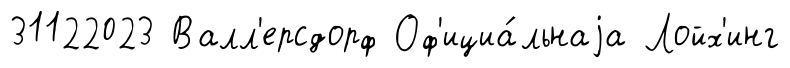
31122023 Валл'ерсдорф Оф'ициа́льнаjа Лойх'инг